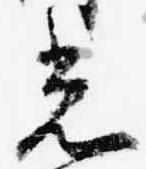
光